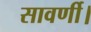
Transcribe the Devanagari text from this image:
सावर्णी।